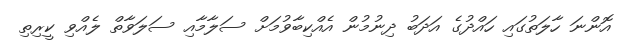
އޮންނަ ހާލަތުގައި ހައްދުގެ އަދަބު ދިނުމުން އެއްކިބާވުމަށް ސަލާމާއި ސަލަވާތް ލެއްވި ކީރިތި